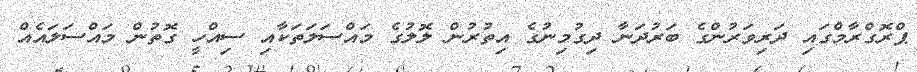
ޕްރޮގްރާމްގައި ދަރިވަރުންގެ ބަރުދަނާ ދިގުމިނުގެ އިތުރުން ލޮލުގެ މައްސަލަތަކާއި ސިއްހީ ގޮތުން މައްސަލައެއް